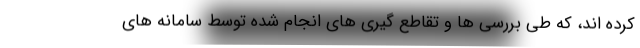
کرده اند، که طی بررسی ها و تقاطع گیری های انجام شده توسط سامانه های